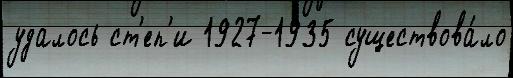
удалось ст'еп'и 1927-1935 существова́ло